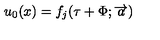
u _ { 0 } ( x ) = f _ { j } ( \tau + \Phi ; \overrightarrow { a } )